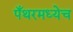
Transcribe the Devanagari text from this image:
पँथरमध्येच